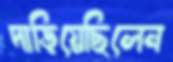
দাড়িয়েছিলেন